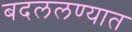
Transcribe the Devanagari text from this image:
बदललण्यात